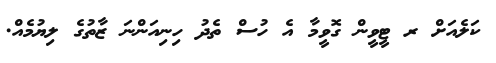
ކަލެއަށް ރ ޓީވީން ގޮވީމާ އެ ހުސް ތެދު ހިނިއަންނަ ޒާތުގެ ލިޔުމެއް.